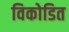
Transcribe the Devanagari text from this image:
विकोडित